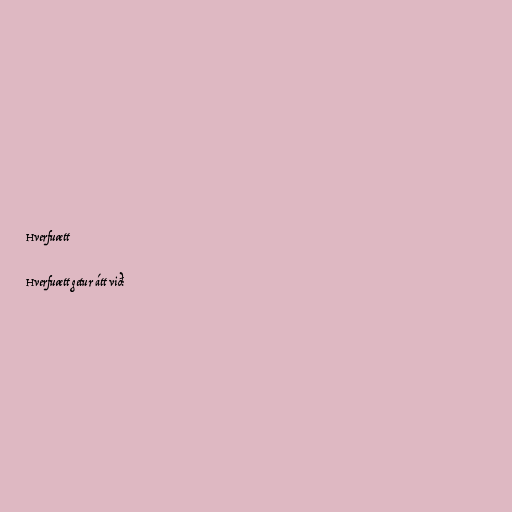
Hverfuætt

Hverfuætt getur átt við: